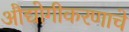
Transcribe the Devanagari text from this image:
औद्योगीकरणाचे